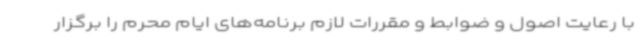
با رعایت اصول و ضوابط و مقررات لازم برنامه‌های ایام محرم را برگزار